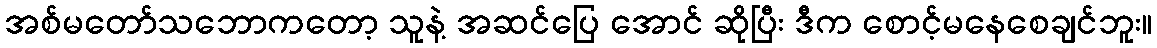
အစ်မတော်သဘောကတော့ သူနဲ့ အဆင်ပြေ အောင် ဆိုပြီး ဒီက စောင့်မနေစေချင်ဘူး။